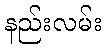
နည်းလမ်း